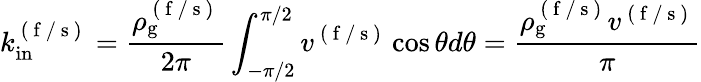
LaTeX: k_{\mathrm{in}}^{\mathrm{~(~f~/~s~)~}}=\frac{\rho_{\mathrm{g}}^{\mathrm{~(~f~/~s~)~}}}{2\pi}\int_{-\pi/2}^{\pi/2}v^{\mathrm{~(~f~/~s~)~}}\cos\theta d\theta=\frac{\rho_{\mathrm{g}}^{\mathrm{~(~f~/~s~)~}}v^{\mathrm{~(~f~/~s~)~}}}{\pi}